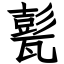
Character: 甏